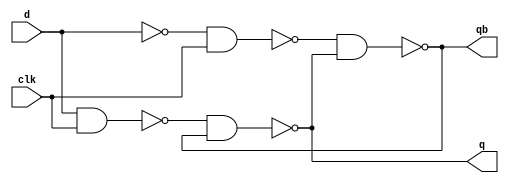
module simple1(clk,d,q,qb);

// simple1 is a latch, designed with cross cuopled nands.
// it contains feedbacks !!!, 

   input clk;
   input d;
   output q;
   output qb;


   not  #(0.23) not0  (n1,d);
   nand #(0.45) nand0 (n2,d,clk);
   nand #(0.45) nand1 (n3,n1,clk);
   nand #(0.45) nand2 (n4,n2,n5);
   nand #(0.45) nand3 (n5,n3,n4);
   buf  #(0.23) buf0  (q,n4);
   buf  #(0.23) not0  (qb,n5);

endmodule